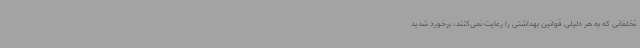
تخلفانی که به هر دلیلی قوانین بهداشتی را رعایت نمی‌کنند، برخورد شدید